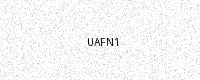
Text: UAFN1